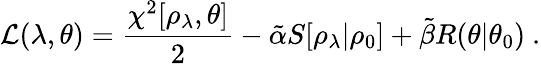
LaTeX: \mathcal{L}(\lambda,\theta)=\frac{\chi^{2}[\rho_{\lambda},\theta]}{2}-\tilde{\alpha}S[\rho_{\lambda}|\rho_{0}]+\tilde{\beta}R(\theta|\theta_{0})~.